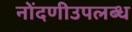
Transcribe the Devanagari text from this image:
नोंदणीउपलब्ध